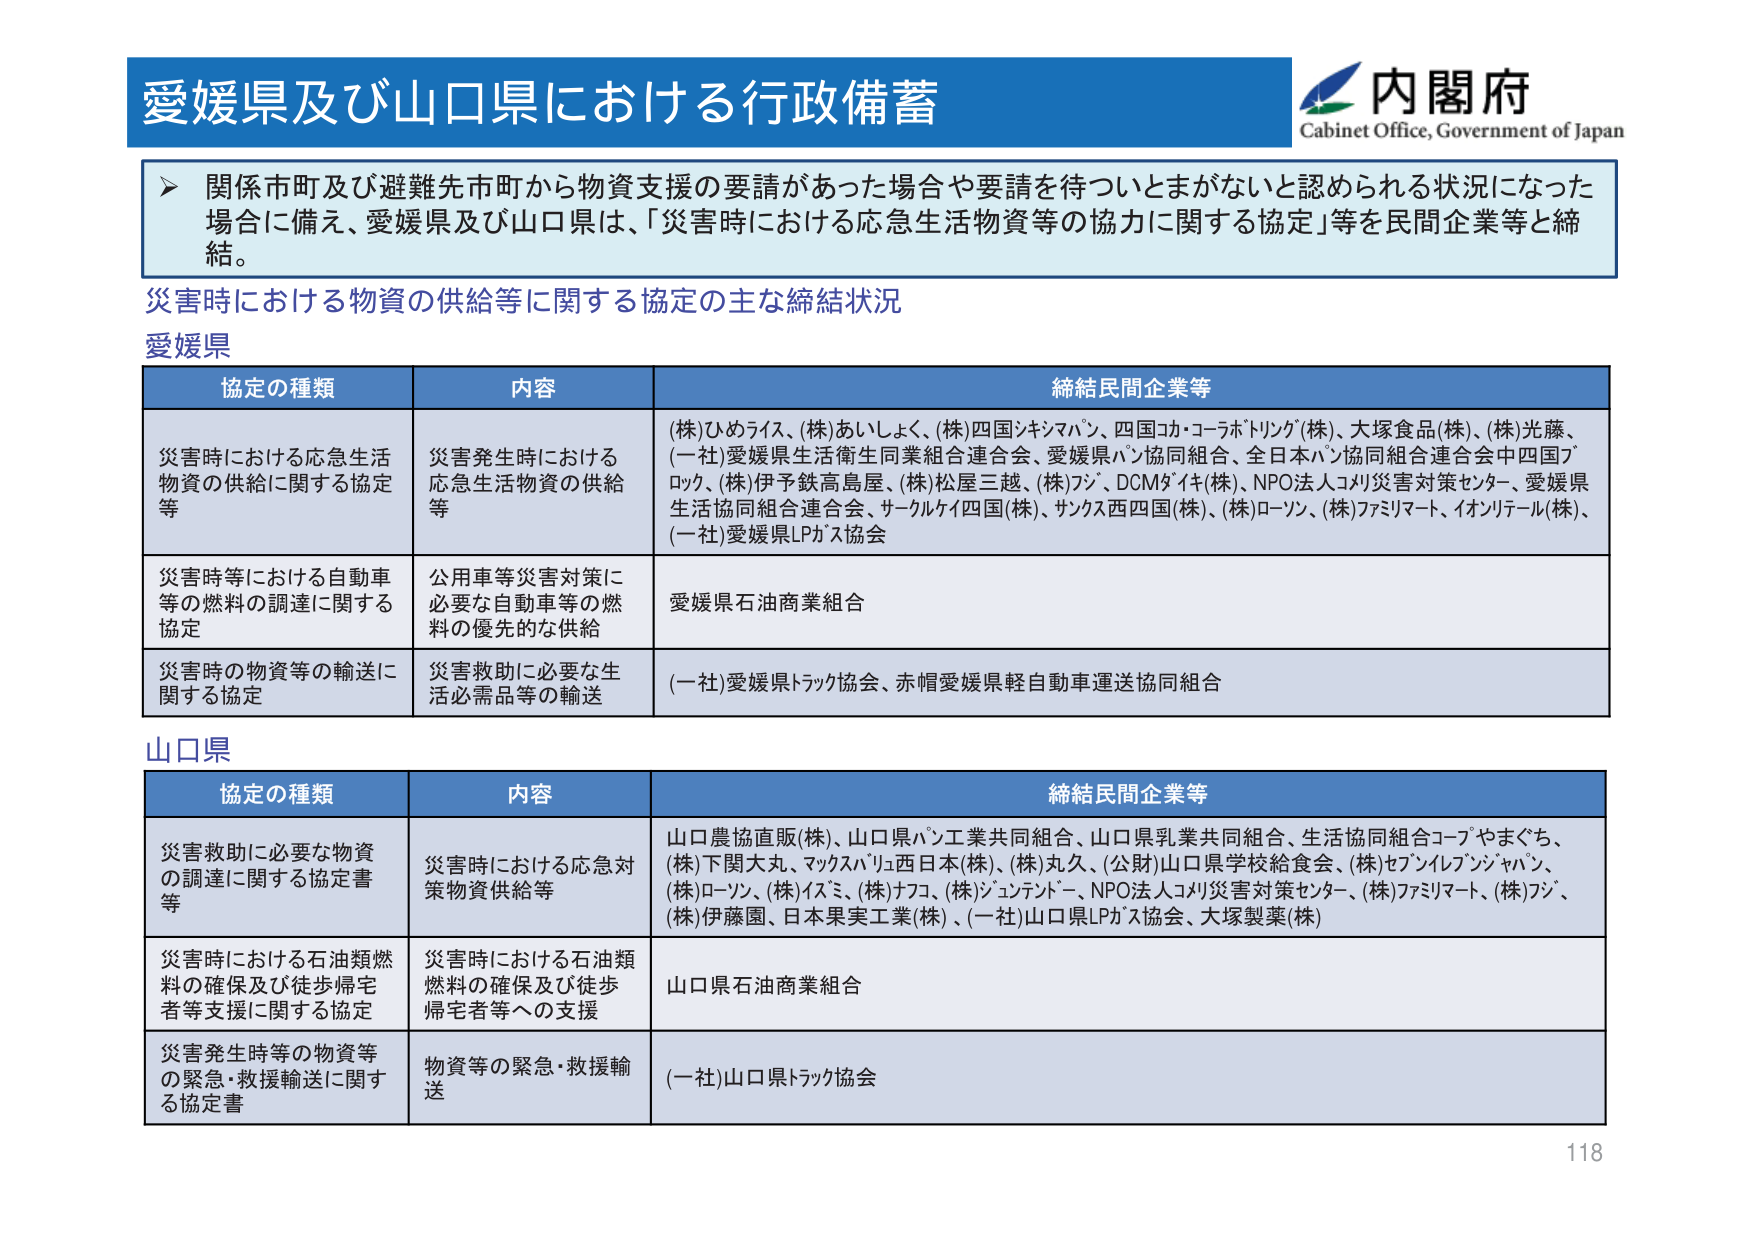
愛媛県及び山口県における行政備蓄

内閣府
Cabinet Office, Government of Japan

▶ 関係市町及び避難先市町から物資支援の要請があった場合や要請を待ついとまがないと認められる状況になった場合に備え、愛媛県及び山口県は、「災害時における応急生活物資等の協力に関する協定」等を民間企業等と締結。

災害時における物資の供給等に関する協定の主な締結状況

愛媛県

協定の種類　　　　　　　　　内容　　　　　　　　　　　　　　　　締結民間企業等
災害時における応急生活物資の供給に関する協定等　　災害発生時における応急生活物資の供給等　　(株)ひめライス、(株)あいしょく、(株)四国シキシマパン、四国コカ・コーラボトリング(株)、大塚食品(株)、(株)光藤、(一社)愛媛県生活衛生同業組合連合会、愛媛県パン協同組合、全日本パン協同組合連合会中四国ブロック、(株)伊予鉄高島屋、(株)松屋三越、(株)フジ、DCMダイイチ(株)、NPO法人コメリ災害対策センター、愛媛県生活協同組合連合会、サークルケイ四国(株)、サンクス西四国(株)、(株)ローソン、(株)ファミリーマート、イオンリテール(株)、(一社)愛媛県LPガス協会

災害時等における自動車等の燃料の調達に関する協定　　公用車等災害対策に必要な自動車等の燃料の優先的な供給　　愛媛県石油商業組合

災害時の物資等の輸送に関する協定　　災害救助に必要な生活必需品等の輸送　　(一社)愛媛県トラック協会、赤帽愛媛県軽自動車運送協同組合

山口県

協定の種類　　　　　　　　　内容　　　　　　　　　　　　　　　　締結民間企業等
災害救助に必要な物資の調達に関する協定書等　　災害時における応急対策物資供給等　　山口農協直販(株)、山口県パン工業共同組合、山口県乳業共同組合、生活協同組合コープやまぐち、(株)下関大丸、マックスバリュ西日本(株)、(株)丸久、(公財)山口県学校給食会、(株)セブンイレブンジャパン、(株)ローソン、(株)イズミ、(株)ナフコ、(株)ジュンテンドー、NPO法人コメリ災害対策センター、(株)ファミリーマート、(株)フジ、(株)伊藤園、日本果実工業(株)、(一社)山口県LPガス協会、大塚製薬(株)

災害時における石油類燃料の確保及び徒步帰宅者等支援に関する協定　　災害時における石油類燃料の確保及び徒步帰宅者等への支援　　山口県石油商業組合

災害発生時等の物資等の緊急・救援輸送に関する協定書　　物資等の緊急・救援輸送　　(一社)山口県トラック協会

118